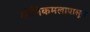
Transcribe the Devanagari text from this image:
योनिकमलापासून